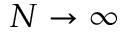
N \rightarrow \infty